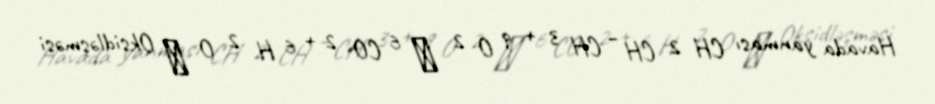
Havada yanması CH 2 CH − CH 3 + 9 O 2 ⟶ 6 CO 2 + 6 H 2 O ⋅ Oksidləşməsi